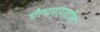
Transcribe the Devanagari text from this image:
चैत्यगृहातील